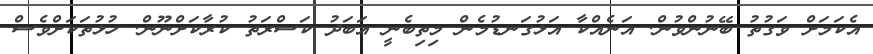
އެކަމަށް ވަގުތު ބޭނުންވުން. އަނެއްކާ އަޅުގަނޑުމެން މިތިބެނީ އަބަދު ކަސްރަތު ކުރާކަށްނޫން. ހުޅުތަކަށްވެސް